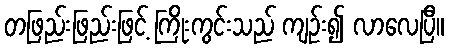
တဖြည်းဖြည်းဖြင့် ကြိုးကွင်းသည် ကျဉ်း၍ လာလေပြီ။